Papers set at the Examination for Leaving Certificates, 1894
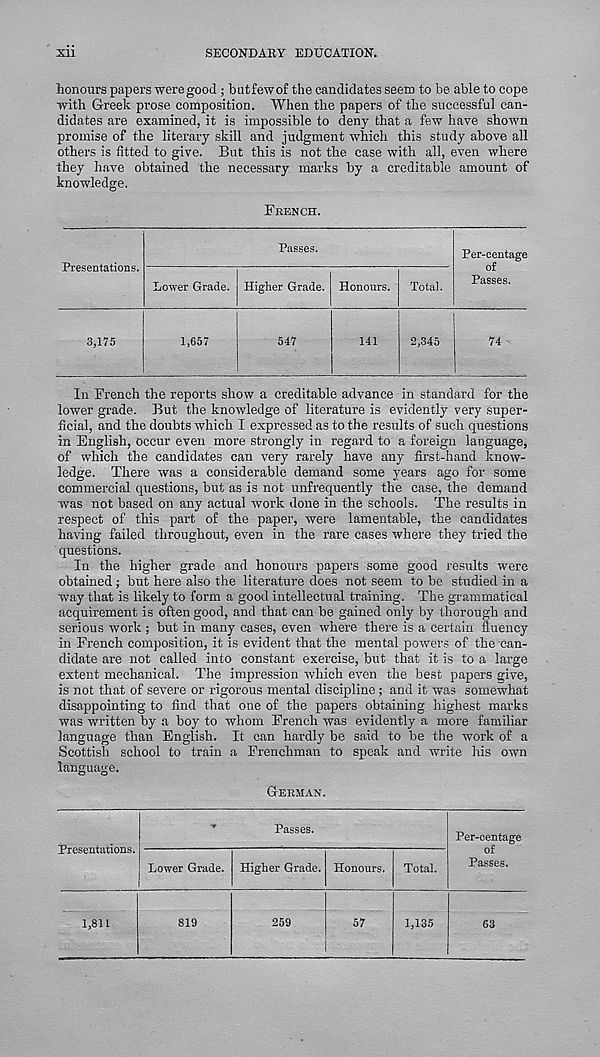
Xll
SECONDARY EDUCATION.
honours papers were good; butfewof the candidates seem to be able to cope
with Greek prose composition. When the papers of the successful can-
didates are examined, it is impossible to deny that a few have shown
promise of the literary skill and judgment which this study above all
others is fitted to give. But this is not the case with all, even where
they have obtained the necessary marks by a creditable amount of
knowledge.
FRENCH.
Presentations.
Passes.
Lower Grade. Higher Grade. Honours.
Total.
Per-eentage
of
Passes.
3,175
1,657
547
141
2,345
74
In French the reports show a creditable advance in standard for the
lower grade. But the knowledge of literature is evidently very super-
ficial, and the doubts which I expressed as to the results of such questions
in English, occur even more strongly in regard to a foreign language,
of which the candidates can very rarely have any first-hand know-
ledge. There was a considerable demand some years ago for some
commercial questions, but as is not unfrequently the case, the demand
was not based on any actual work done in the schools. The results in
respect of this part of the paper, were lamentable, the candidates
having failed throughout, even in the rare cases where they tried the
questions.
In the higher grade and honours papers some good results were
obtained; but here also the literature does not seem to be studied in a
way that is likely to form a good intellectual training. The grammatical
acquirement is often good, and that can be gained only by thorough and
serious work ; but in many cases, even where there is a certain fluency
in French composition, it is evident that the mental powers of the can-
didate are not called into constant exercise, but that it is to a large
extent mechanical. The impression which even the best papers give,
is not that of severe or rigorous mental discipline; and it was somewhat
disappointing to find that one of the papers obtaining highest marks
was written by a boy to whom French was evidently a more familiar
language than English. It can hardly be said to be the work of a
Scottish school to train a Frenchman to speak and write his own
language.
GERMAN.
Presentations.
Passes.
Lower Grade. Higher Grade. Honours. Total.
Per-centage
of
Passes.
1,811
819
259
57
1,135
63